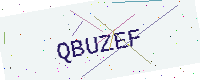
Text: QBUZEF